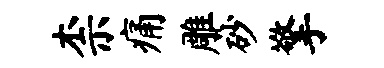
柰痛雕砂擎